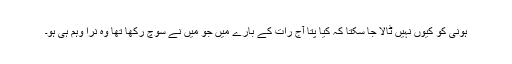
ہونی کو کیوں نہیں ٹالا جا سکتا کہ کیا پتا آج رات کے بارے میں جو میں نے سوچ رکھا تھا وہ نرا وہم ہی ہو۔